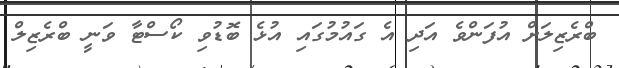
ބްރެޒިލަށް އުފަންވެ އަދި އެ ގައުމުގައި އުޅެ ބޮޑުވި ކޯސްޓާ ވަނީ ބްރެޒިލް